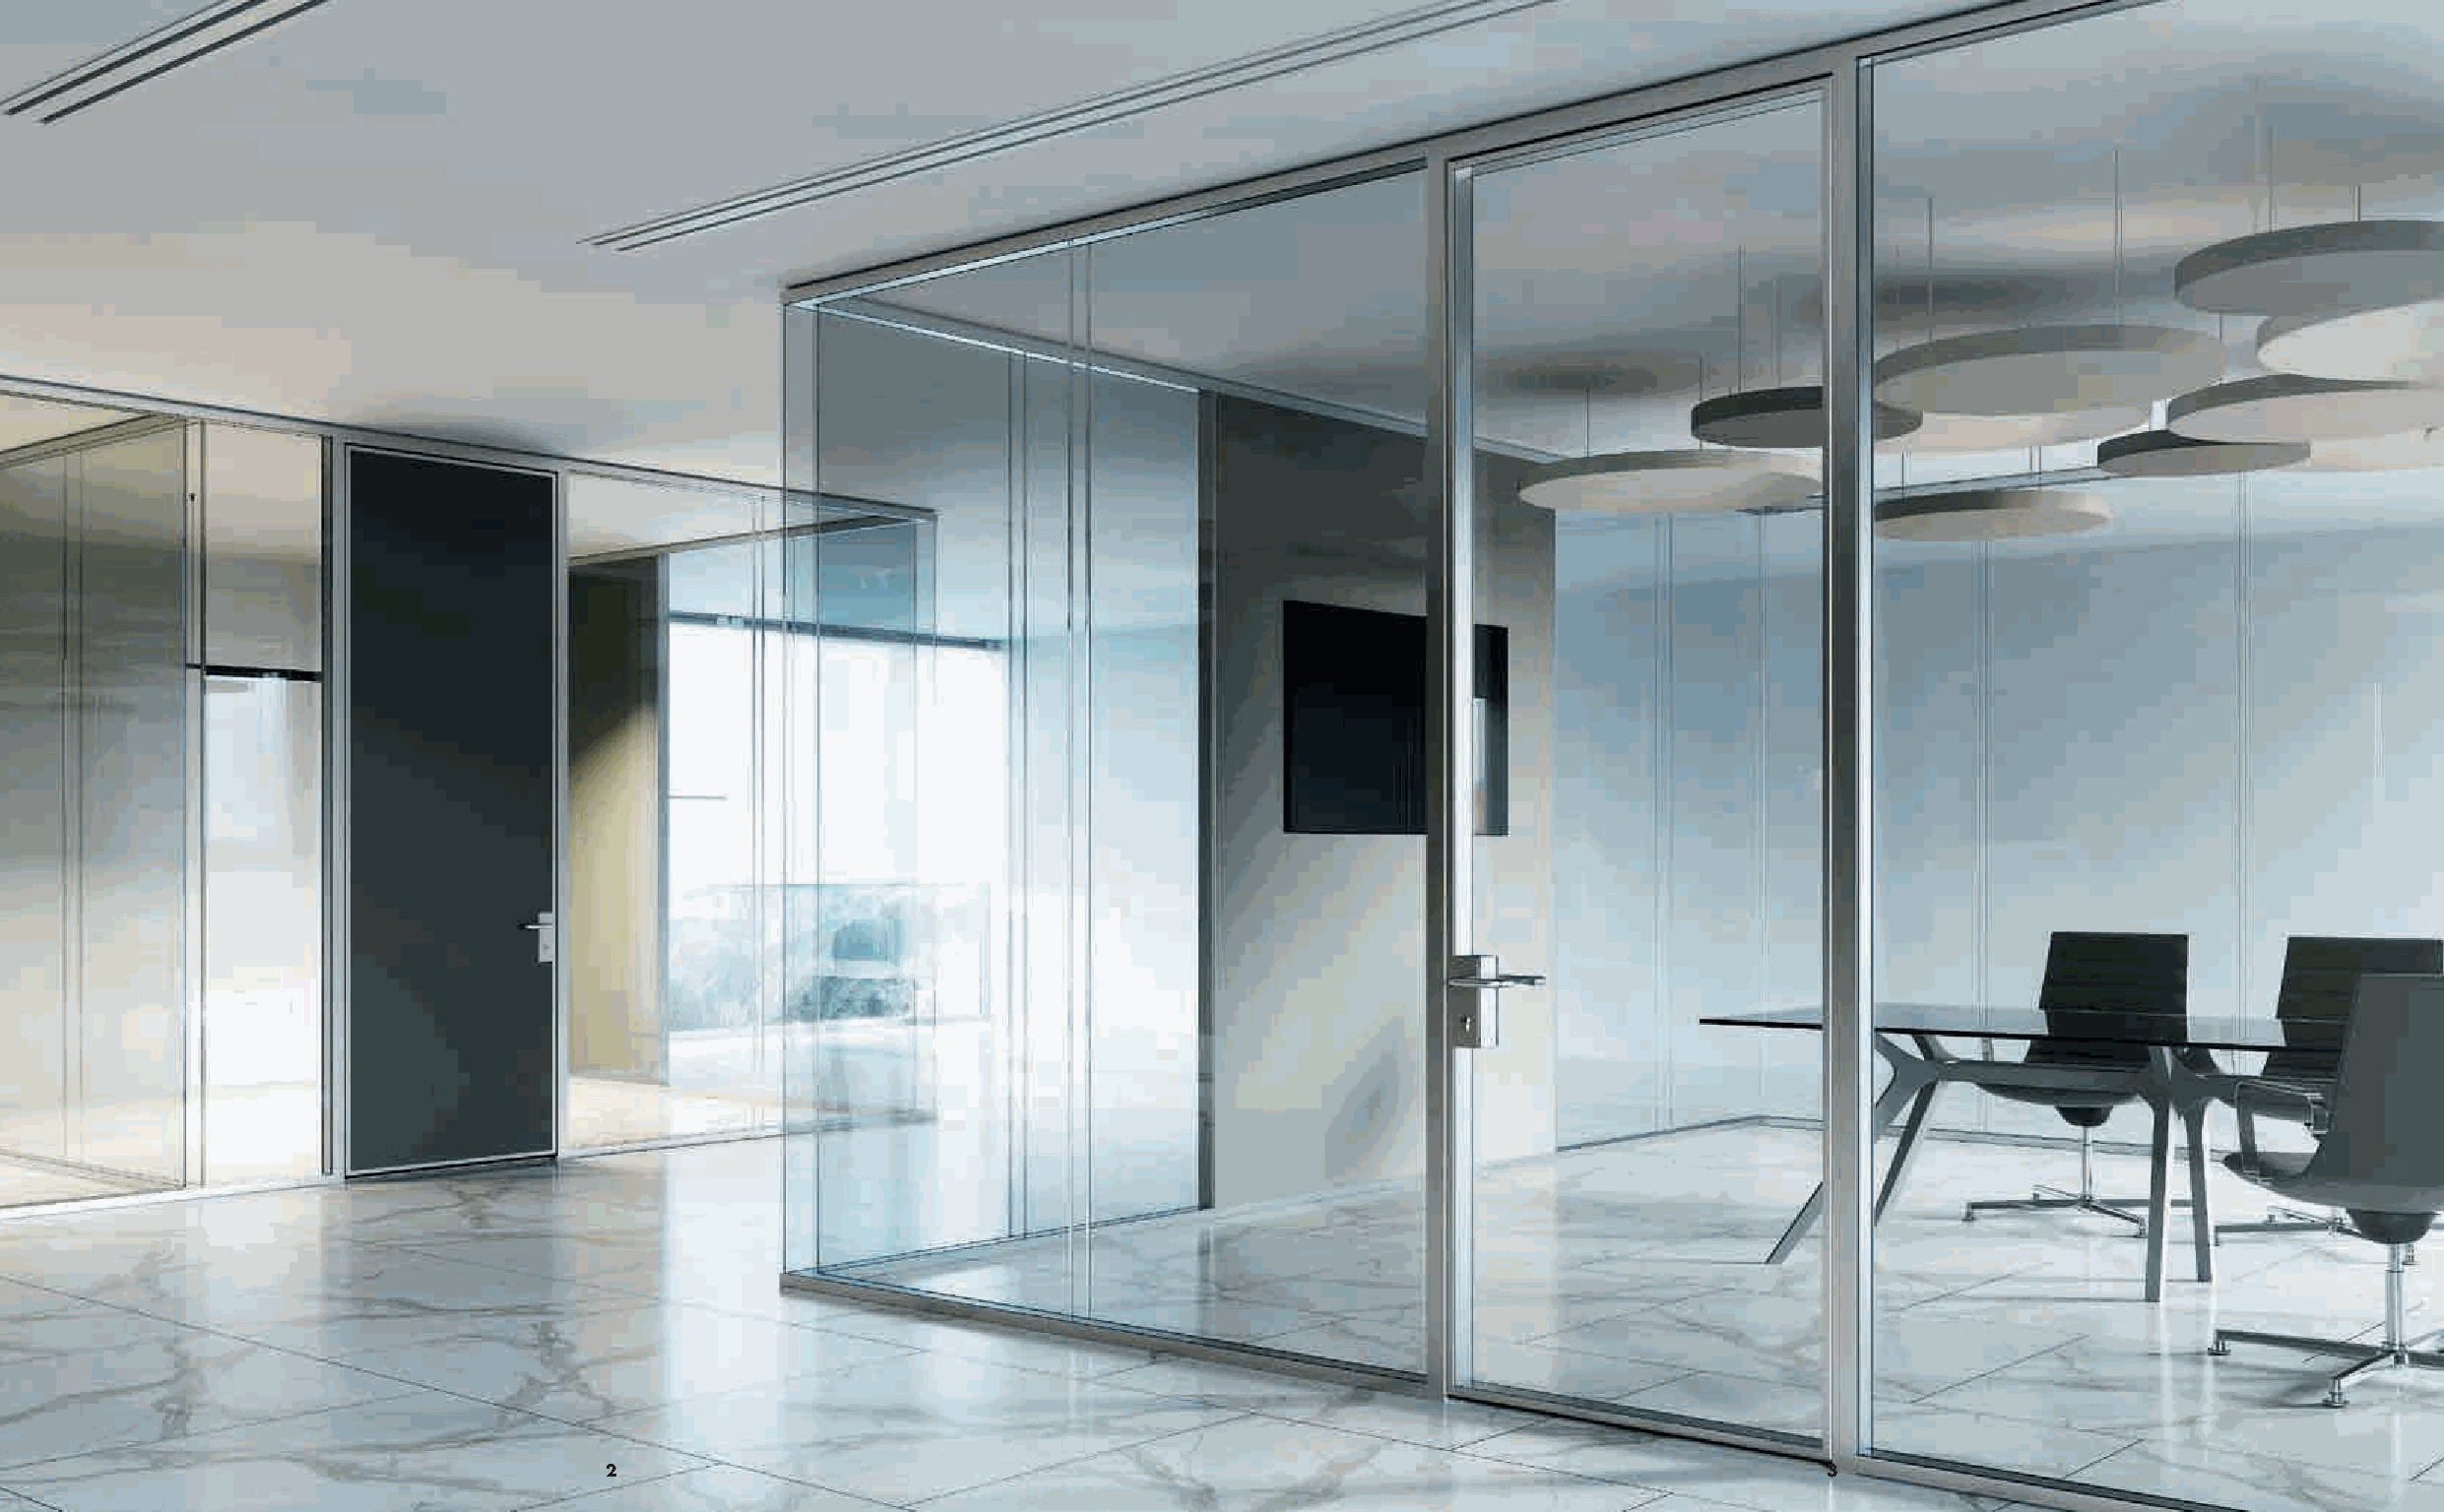
2                                                                                 3